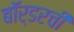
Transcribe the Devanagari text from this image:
बॉर्डरची